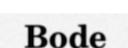
Bode